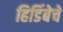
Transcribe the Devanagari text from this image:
हिडिंबेचे